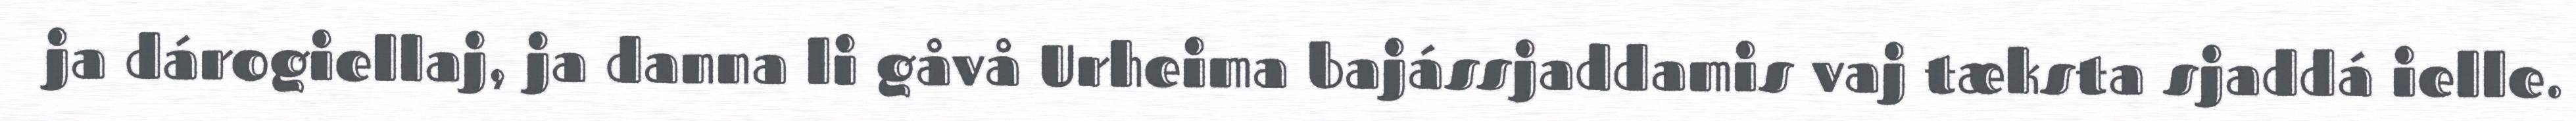
ja dárogiellaj, ja danna li gåvå Urheima bajássjaddamis vaj tæksta sjaddá ielle.